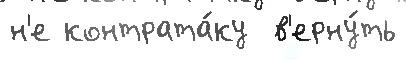
н'е контрата́ку  в'ерну́ть